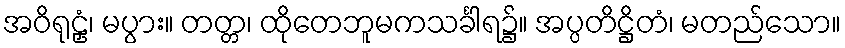
အဝိရုဠှံ၊ မပွား။ တတ္တ၊ ထိုတေဘူမကသင်္ခါရ၌။ အပ္ပတိဋ္ဌိတံ၊ မတည်သော။